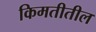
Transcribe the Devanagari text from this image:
किमतीतील